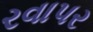
રવાપર